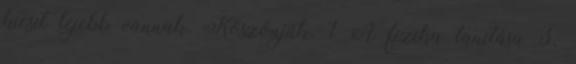
kicsit lejebb vannak. Köszönjük. 1 A fizika tanítása 3.